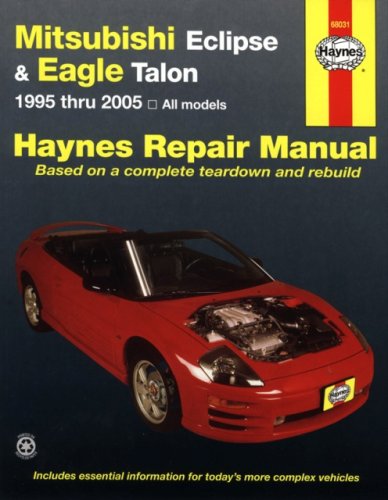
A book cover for Mitsubishi Eclipse & Eagle Talon 95-05 (Haynes Repair Manual); Haynes; Engineering & Transportation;